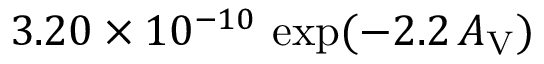
3 . 2 0 \times 1 0 ^ { - 1 0 } \, \exp ( - 2 . 2 \, A _ { \mathrm { V } } )